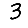
Digit: 3